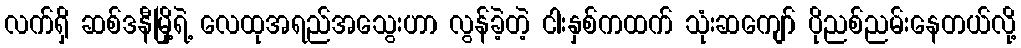
လက်ရှိ ဆစ်ဒနီမြို့ရဲ့ လေထုအရည်အသွေးဟာ လွန်ခဲ့တဲ့ ငါးနှစ်ကထက် သုံးဆကျော် ပိုညစ်ညမ်းနေတယ်လို့